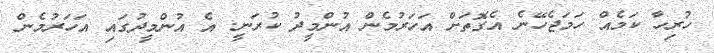
ހުރިހާ ކަމެއް ހަމަޖެހޭނެ އެގޮތަށް އަހަރުމެން އުންމީދު ކުރަނީ. އެ އުންމީދުގައި އަހަރުމެން